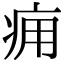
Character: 痈